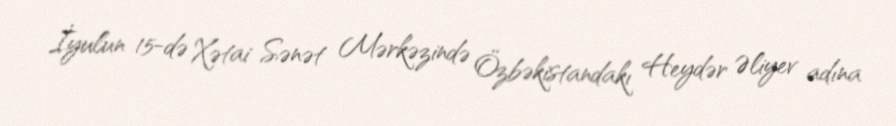
İyulun 15-də Xətai Sənət Mərkəzində Özbəkistandakı Heydər Əliyev adına